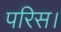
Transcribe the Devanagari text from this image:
परिस।